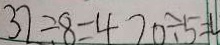
3 7 \div 8 = 4 7 0 \div 5 = 4